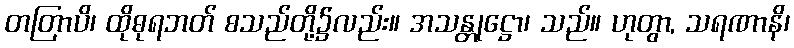
တတြာပိ၊ ထိုဓုရဘတ် စသည်တို့၌လည်း။ အသန္တုဋ္ဌော၊ သည်။ ဟုတွာ, သရဏာနိ၊